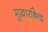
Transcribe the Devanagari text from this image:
मुखारबिन्द